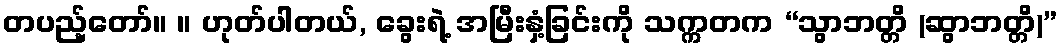
တပည့်တော်။ ။ ဟုတ်ပါတယ်, ခွေးရဲ့ အမြီးနှံ့ခြင်းကို သက္ကတက “သွာဘတ္တိ (ဆွာဘတ္တိ)”